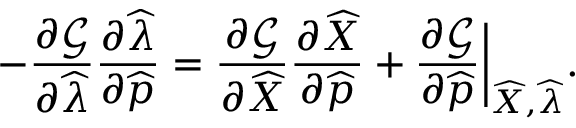
- \frac { \partial \mathcal { G } } { \partial \widehat { \lambda } } \frac { \partial \widehat { \lambda } } { \partial \widehat { \boldsymbol { p } } } = \frac { \partial \mathcal { G } } { \partial \widehat { X } } \frac { \partial \widehat { X } } { \partial \widehat { \boldsymbol { p } } } + \frac { \partial \mathcal { G } } { \partial \widehat { \boldsymbol { p } } } \bigg \lvert _ { \widehat { X } , \widehat { \lambda } } .